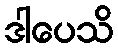
ဒါပေသိ